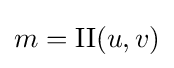
m=\mathrm {II} (u,v)